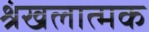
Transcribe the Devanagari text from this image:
श्रंखलात्मक